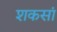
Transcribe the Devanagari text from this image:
शकसां